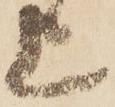
上